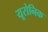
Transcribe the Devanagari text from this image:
यूरोनिक